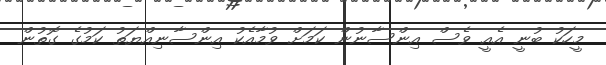
މީހަކު ބުނީ އެއީ ވެސް އިންސާނުން ކަމަށް ވުމާއެކު އިންސާނިއްޔަތު ކަމުގެ ގޮތުން